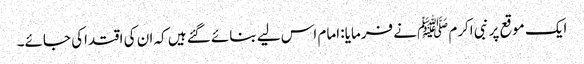
ایک موقع پر نبی اکرم ﷺنے فرمایا: امام اس لیے بنائے گئے ہیں کہ ان کی اقتداکی جائے۔